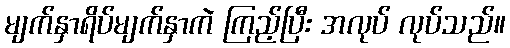
မျက်နှာရိပ်မျက်နှာကဲ ကြည့်ပြီး အလုပ် လုပ်သည်။